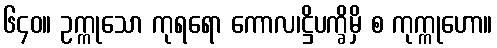
၆၄၀။ ဥက္ကုသော ကုရရော ကောလ၊ဋ္ဌိပက္ခိမှိ စ ကုက္ကုဟော။